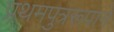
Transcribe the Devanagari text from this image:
प्रथमपुत्ररूपाने